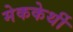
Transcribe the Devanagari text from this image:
मेककेर्थी